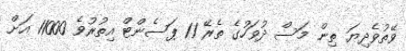
ވޭތުވެދިޔަ ތިން މަސް ދުވަހުގެ ތެރޭ 11 ޕަސެންޓް އިތުރުވެ 11000 އަށް